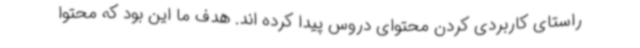
راستای کاربردی کردن محتوای دروس پیدا کرده اند. هدف ما این بود که محتوا